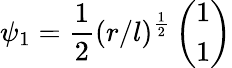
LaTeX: \psi_{1}=\frac{1}{2}(r/l)^{\frac{1}{2}}\left(\begin{array}{c}{{1}}\\ {{1}}\end{array}\right)